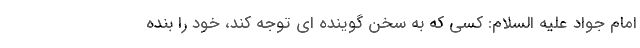
امام جواد علیه السلام: کسی که به سخن گوینده ای توجه کند، خود را بنده